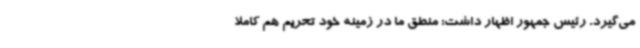
می‌گیرد. رئیس جمهور اظهار داشت: منطق ما در زمینه خود تحریم هم کاملا